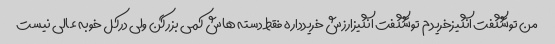
من توشگفت انگیزخریدم  توشگفت انگیزارزش خریدداره فقط دسته هاش کمی بزرگن ولی درکل خوبه عالی نیست